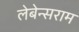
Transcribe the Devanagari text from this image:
लेबेन्सराम